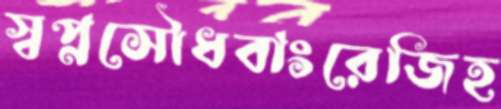
স্বপ্নসৌধবাংরেজিহ